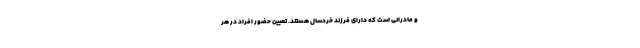
و مادرانی است که دارای فرزند خردسال هستند. تعیین حضور افراد در هر